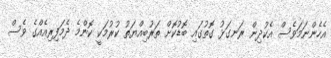
އެހެންނަމަވެސް އެކުދިން ރަނގަޅު ގޮތުގައި ބޮޑުކޮށް ތަރުބިއްޔަތު ކުރުމަކީ ކޮންމެ ދެމަފިރިއެއްގެ ވެސް